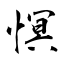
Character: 慏